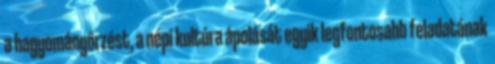
a hagyományőrzést, a népi kultúra ápolását egyik legfontosabb feladatának